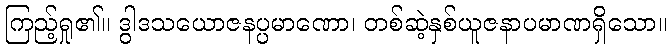
ကြည့်ရှု၏။ ဒွါဒသယောဇနပ္ပမာဏော၊ တစ်ဆဲ့နှစ်ယူဇနာပမာဏရှိသော။